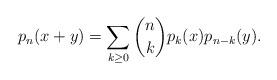
LaTeX: \begin{align*}p_n(x+y) = \sum_{k \geq 0} \binom{n}{k} p_k (x) p_{n-k}(y).\end{align*}